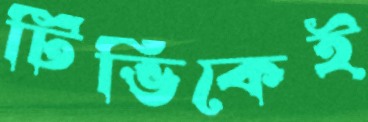
টিভিকেই